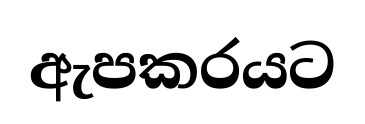
ඇපකරයට